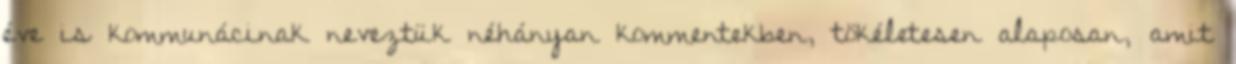
éve is kommunácinak neveztük néhányan kommentekben, tökéletesen alaposan, amit